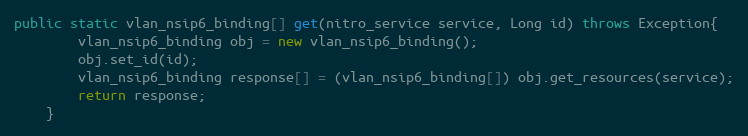
Language: Java
public static vlan_nsip6_binding[] get(nitro_service service, Long id) throws Exception{
		vlan_nsip6_binding obj = new vlan_nsip6_binding();
		obj.set_id(id);
		vlan_nsip6_binding response[] = (vlan_nsip6_binding[]) obj.get_resources(service);
		return response;
	}